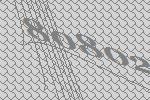
80802